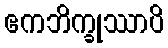
ဧကဘိက္ခုဿာပိ